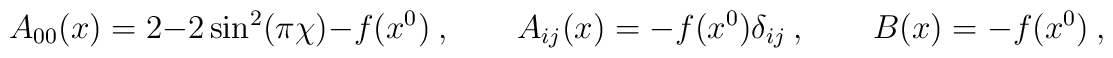
A_{00}(x)=2-2\sin^2(\pi\chi)-f(x^0)\ ,\qquad A_{ij}(x)=-f(x^0)\delta_{ij}\ ,\qquad  B(x)=-f(x^0)\ ,